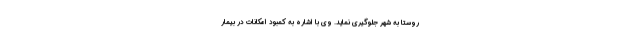
روستا به شهر جلوگیری نماید. وی با اشاره به کمبود امکانات در بیمار